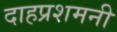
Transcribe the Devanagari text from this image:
दाहप्रशमनी